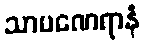
သာမဏေရာနံ